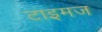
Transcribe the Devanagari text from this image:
टाइमज